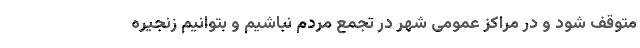
متوقف شود و در مراکز عمومی شهر در تجمع مردم نباشیم و بتوانیم زنجیره